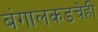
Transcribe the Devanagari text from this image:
बंगालकडचेही